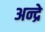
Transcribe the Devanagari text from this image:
अन्द्रे